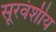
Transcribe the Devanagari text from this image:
सूरवंशीय